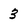
Character: 3